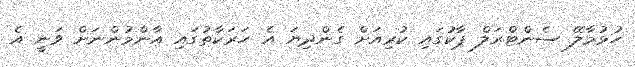
ހުޅުމާލޭ ސެންޓްރަލް ޕާކުގައި ކުރިއަށް ގެންދިޔަ އެ ހަރަކާތުގައި އާންމުންނަށް ވަނީ އެ